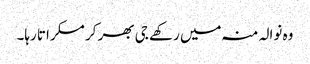
وہ نوالہ منہ میں رکھے جی بھر کر مسکراتا رہا۔